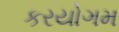
કરયોગમ